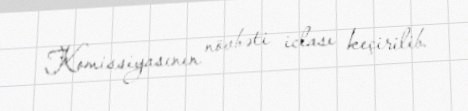
Komissiyasının növbəti iclası keçirilib.